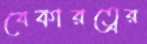
বেকারত্বের